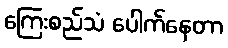
ကြေးစည်သံ ပေါက်နေတာ